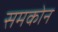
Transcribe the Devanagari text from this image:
समकोन